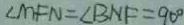
\angle M F N = \angle B N F = 9 0 ^ { \circ }